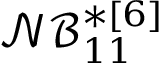
\boldsymbol { \mathcal { N B } _ { 1 1 } ^ { * [ 6 ] } }